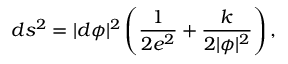
d s ^ { 2 } = | d \phi | ^ { 2 } \left( \frac { 1 } { 2 e ^ { 2 } } + \frac { k } { 2 | \phi | ^ { 2 } } \right) ,